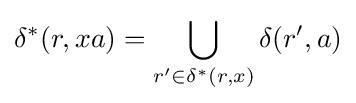
\delta ^{*}(r,xa)=\bigcup _{r'\in \delta ^{*}(r,x)}\delta (r',a)